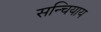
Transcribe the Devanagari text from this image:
सन्चियाय